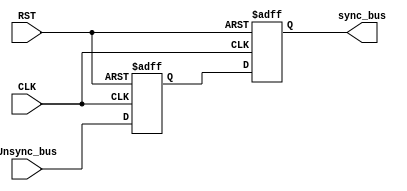
module DATA_SYNC #(parameter WIDTH=5 )
(
input     wire              RST,
input     wire              CLK,
input     wire  [WIDTH:0]   Unsync_bus,
output    reg   [WIDTH:0]   sync_bus
);
reg [WIDTH:0] out_1;

always @(posedge CLK or negedge RST)
  begin 
    if(!RST)
      out_1<=0;
    else
      out_1<=Unsync_bus;
  end 
  
always @(posedge CLK or negedge RST)
  begin 
    
    if(!RST)
      sync_bus<=0;
    else
      sync_bus<=out_1;
  end 
endmodule